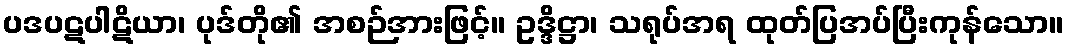
ပဒပဋပါဋိယာ၊ ပုဒ်တို၏ အစဉ်အားဖြင့်။ ဥဒ္ဒိဋ္ဌာ၊ သရုပ်အရ ထုတ်ပြအပ်ပြီးကုန်သော။